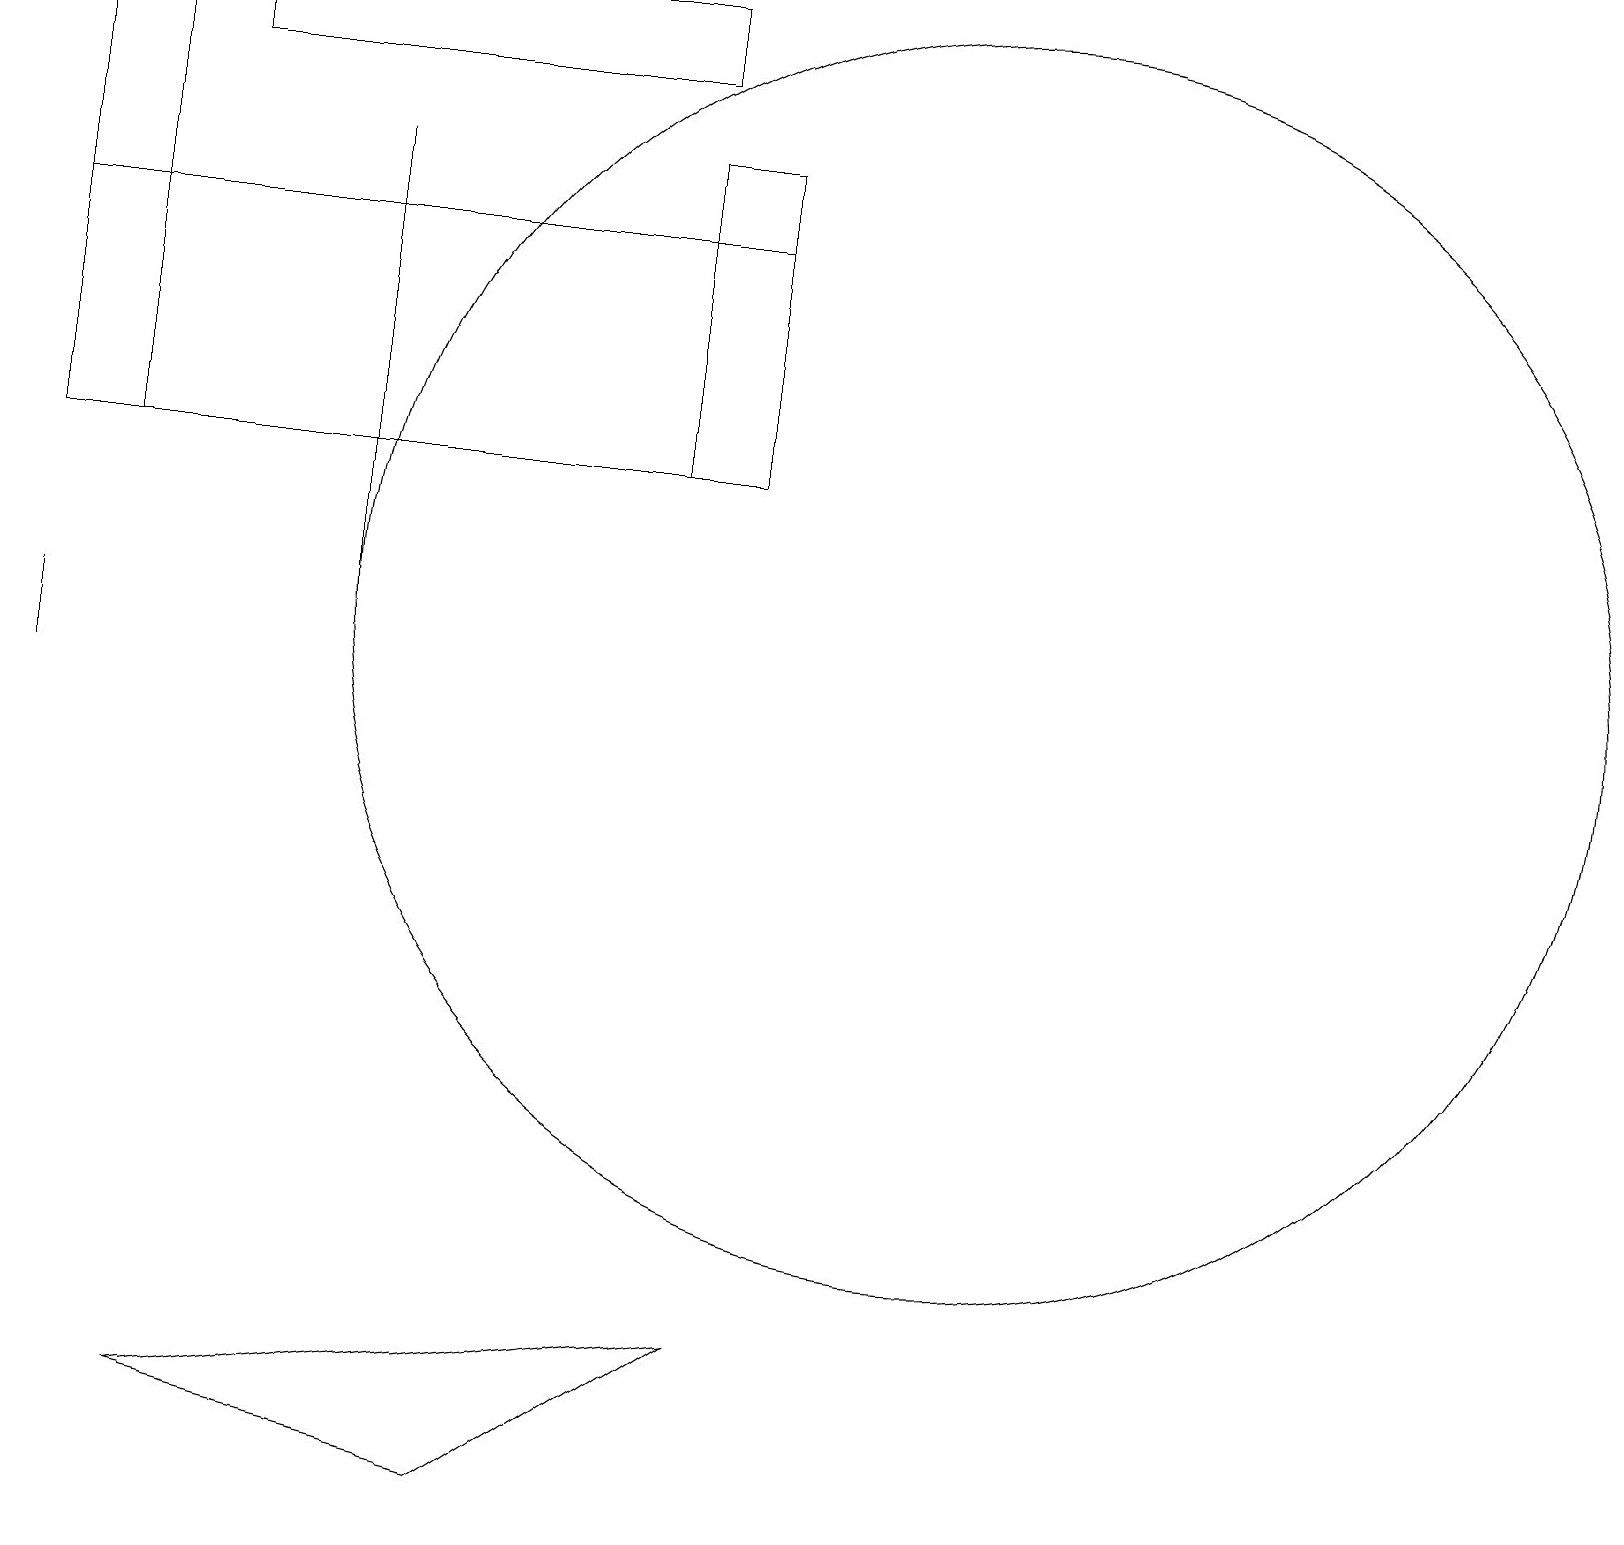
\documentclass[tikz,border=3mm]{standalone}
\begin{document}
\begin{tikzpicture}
\draw (9,13) rectangle (0,16);
\draw (9,2) -- (2,1) -- (6,0) -- cycle;
\draw (12,11) circle (8);
\draw (8,18) rectangle (2,19);
\draw (0,10) rectangle (0,11);
\draw (9,13) rectangle (8,17);
\draw (4,11) rectangle (4,17);
\draw (1,19) rectangle (0,13);
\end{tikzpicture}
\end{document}